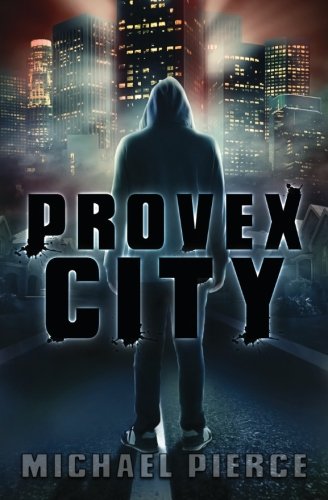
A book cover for Provex City (Lorne Family Vault) (Volume 1); Michael Pierce; Science Fiction & Fantasy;